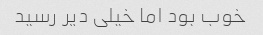
خوب بود اما خیلی دیر رسید